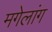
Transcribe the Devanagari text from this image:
मगेलांग